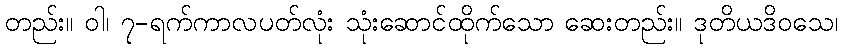
တည်း။ ဝါ၊ ၇-ရက်ကာလပတ်လုံး သုံးဆောင်ထိုက်သော ဆေးတည်း။ ဒုတိယဒိဝသေ၊